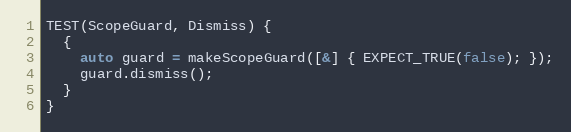
Language: C++
TEST(ScopeGuard, Dismiss) {
  {
    auto guard = makeScopeGuard([&] { EXPECT_TRUE(false); });
    guard.dismiss();
  }
}